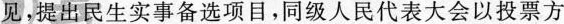
见，提出民生实事备选项目，同级人民代表大会以投票方